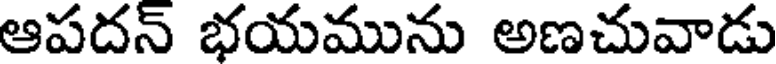
ఆపదన్ భయమును అణచువాడు